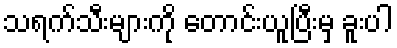
သရက်သီးများကို တောင်းယူပြီးမှ ခူးပါ